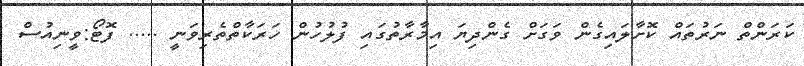
ކަރަންތް ނަރުތައް ކޮށާލައިގެން ވަގަށް ގެންދިޔަ އިމާރާތުގައި ފުލުހުން ހަރަކާތްތެރިވަނީ ..... ފޮޓޯ:ވީނިއުސް